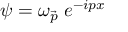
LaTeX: \psi = \omega _ { \vec { p } } \; e ^ { - i p x }